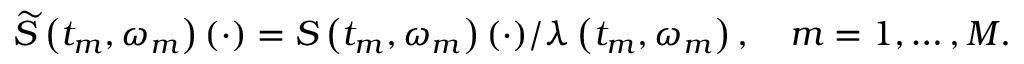
\widetilde { S } \left( t _ { m } , \omega _ { m } \right) ( \cdot ) = S \left( t _ { m } , \omega _ { m } \right) ( \cdot ) / \lambda \left( t _ { m } , \omega _ { m } \right) , \quad m = 1 , \ldots , M .